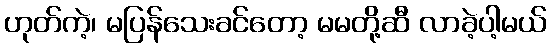
ဟုတ်ကဲ့၊ မပြန်သေးခင်တော့ မမတို့ဆီ လာခဲ့ပါ့မယ်